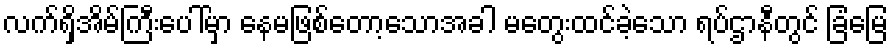
လက်ရှိအိမ်ကြီးပေါ်မှာ နေမဖြစ်တော့သောအခါ မတွေးထင်ခဲ့သော ရပ်ဌာနီတွင် ခြံမြေ